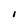
Character: I